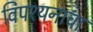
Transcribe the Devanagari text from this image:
विपश्यनाचा